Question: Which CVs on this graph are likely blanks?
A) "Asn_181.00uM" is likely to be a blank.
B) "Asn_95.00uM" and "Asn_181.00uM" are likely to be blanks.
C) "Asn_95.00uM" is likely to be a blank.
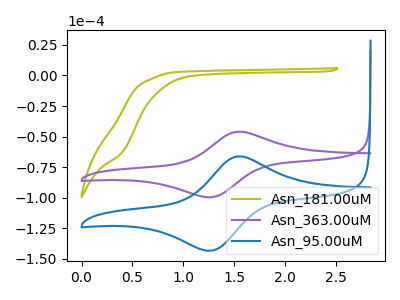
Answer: <think>The olive curve "Asn_181.00uM" has no peaks. The purple curve "Asn_363.00uM" has an anodic peak at (1.55V, -46.00uA) and a cathodic peak at (1.25V, -99.60uA). The blue curve "Asn_95.00uM" has an anodic peak at (1.55V, -66.15uA) and a cathodic peak at (1.25V, -143.30uA).</think>
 <answer>A) "Asn_181.00uM" is likely to be a blank.</answer>
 <eval>A</eval>